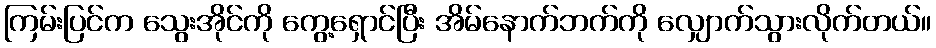
ကြမ်းပြင်က သွေးအိုင်ကို ကွေ့ရှောင်ပြီး အိမ်နောက်ဘက်ကို လျှောက်သွားလိုက်တယ်။